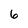
Character: 6